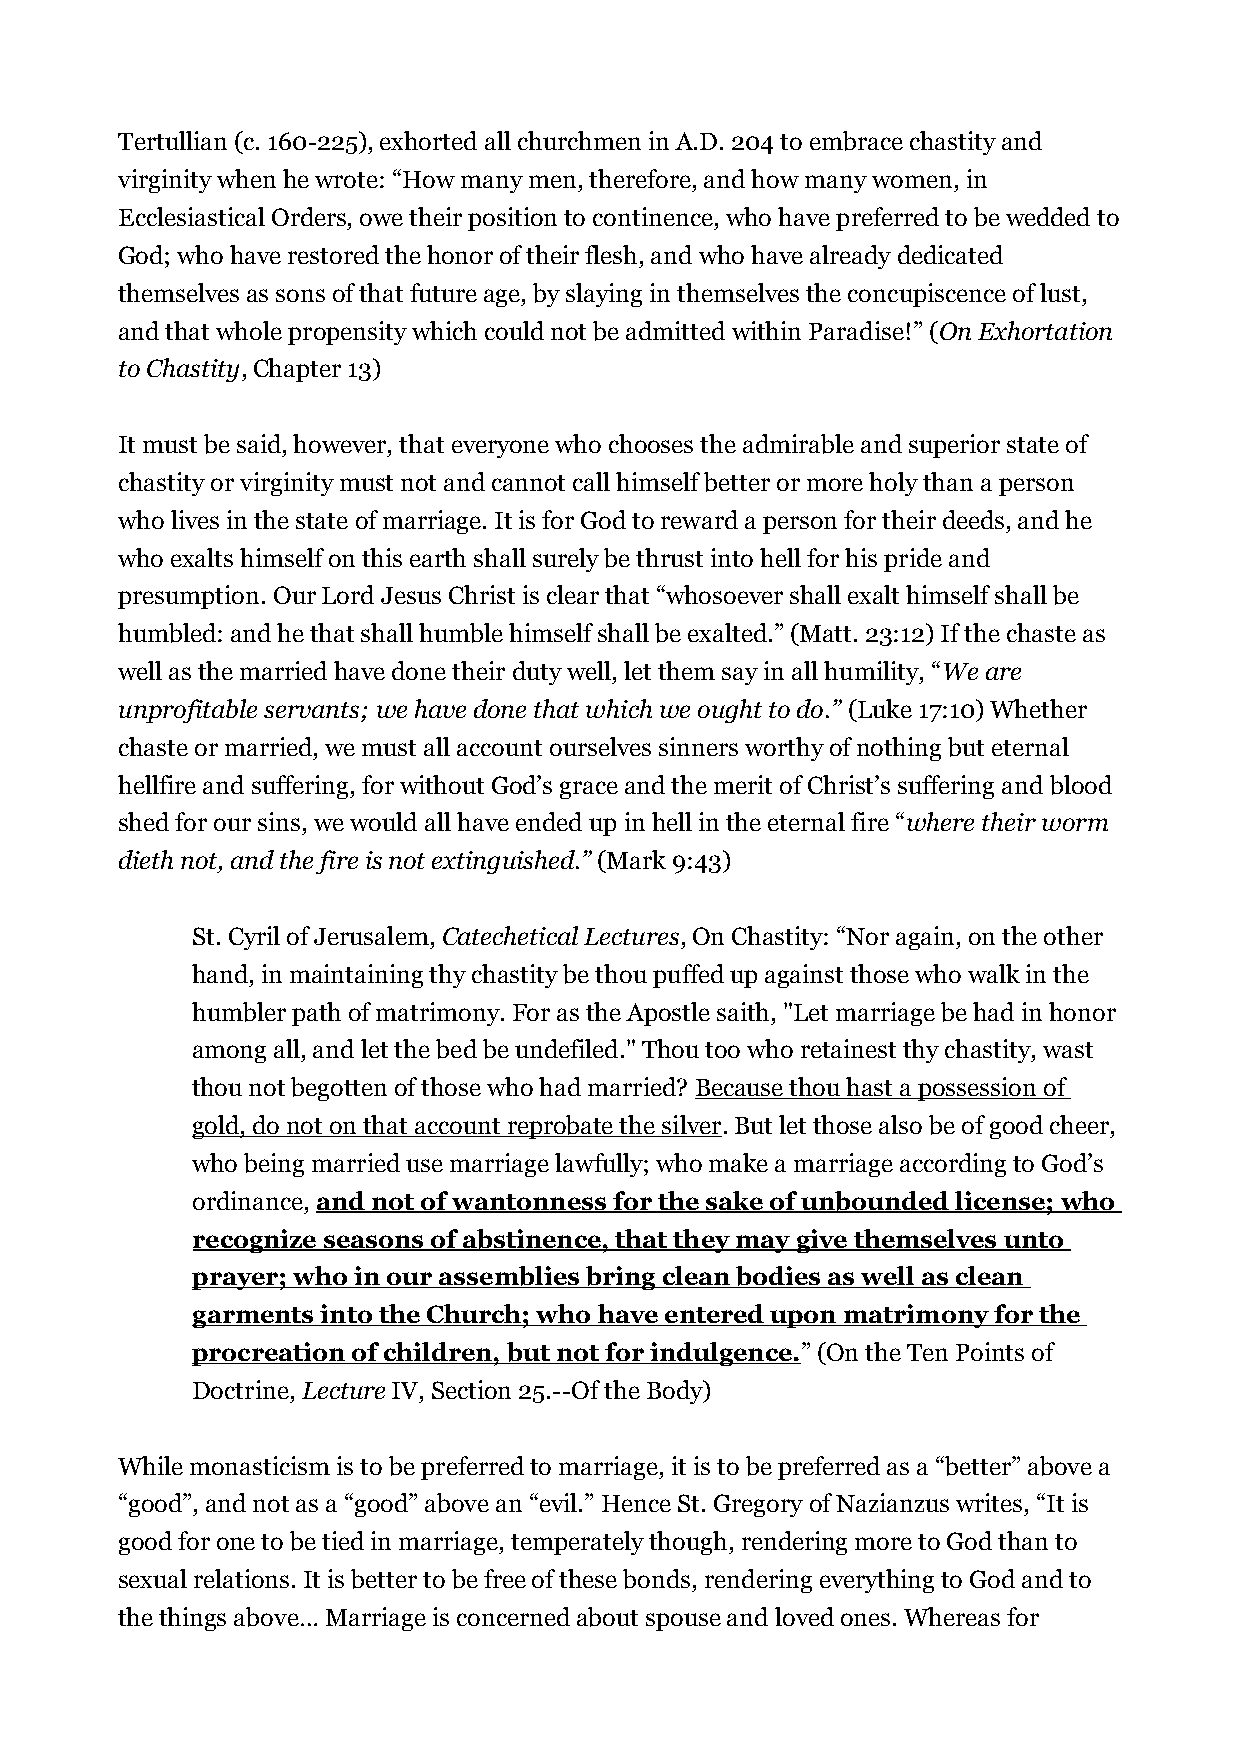
Tertullian (c. 160-225), exhorted all churchmen in A.D. 204 to embrace chastity and
 virginity when he wrote: “How many men, therefore, and how many women, in
 Ecclesiastical Orders, owe their position to continence, who have preferred to be wedded to
 God; who have restored the honor of their flesh, and who have already dedicated
 themselves as sons of that future age, by slaying in themselves the concupiscence of lust,
 and that whole propensity which could not be admitted within Paradise!” (On Exhortation
 to Chastity, Chapter 13)
 It must be said, however, that everyone who chooses the admirable and superior state of
 chastity or virginity must not and cannot call himself better or more holy than a person
 who lives in the state of marriage. It is for God to reward a person for their deeds, and he
 who exalts himself on this earth shall surely be thrust into hell for his pride and
 presumption. Our Lord Jesus Christ is clear that “whosoever shall exalt himself shall be
 humbled: and he that shall humble himself shall be exalted.” (Matt. 23:12) If the chaste as
 well as the married have done their duty well, let them say in all humility, “We are
 unprofitable servants; we have done that which we ought to do.” (Luke 17:10) Whether
 chaste or married, we must all account ourselves sinners worthy of nothing but eternal
 hellfire and suffering, for without God’s grace and the merit of Christ’s suffering and blood
 shed for our sins, we would all have ended up in hell in the eternal fire “where their worm
 dieth not, and the fire is not extinguished.” (Mark 9:43)
 St. Cyril of Jerusalem, Catechetical Lectures, On Chastity: “Nor again, on the other
 hand, in maintaining thy chastity be thou puffed up against those who walk in the
 humbler path of matrimony. For as the Apostle saith, "Let marriage be had in honor
 among all, and let the bed be undefiled." Thou too who retainest thy chastity, wast
 thou not begotten of those who had married? Because thou hast a possession of
 gold, do not on that account reprobate the silver. But let those also be of good cheer,
 who being married use marriage lawfully; who make a marriage according to God’s
 ordinance, and not of wantonness for the sake of unbounded license; who
 recognize seasons of abstinence, that they may give themselves unto
 prayer; who in our assemblies bring clean bodies as well as clean
 garments into the Church; who have entered upon matrimony for the
 procreation of children, but not for indulgence.” (On the Ten Points of
 Doctrine, Lecture IV, Section 25.--Of the Body)
 While monasticism is to be preferred to marriage, it is to be preferred as a “better” above a
 “good”, and not as a “good” above an “evil.” Hence St. Gregory of Nazianzus writes, “It is
 good for one to be tied in marriage, temperately though, rendering more to God than to
 sexual relations. It is better to be free of these bonds, rendering everything to God and to
 the things above… Marriage is concerned about spouse and loved ones. Whereas for